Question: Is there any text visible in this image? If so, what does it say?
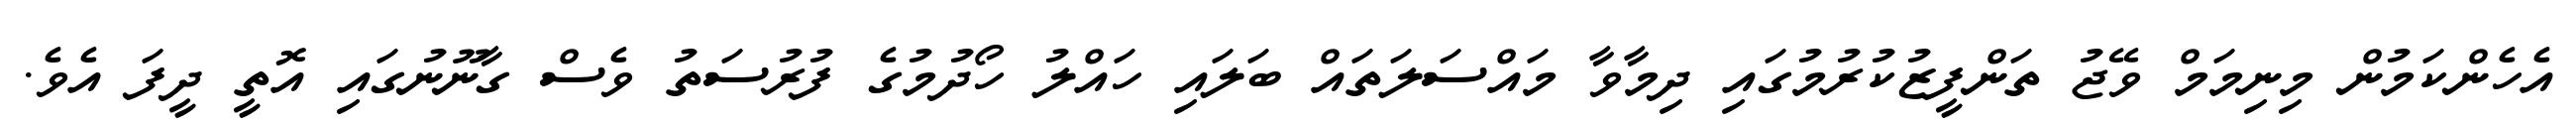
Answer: އެހެންކަމުން މިނިމަމް ވޭޖު ތަންފީޒުކުރުމުގައި ދިމާވާ މައްސަލަތައް ބަލައި ހައްލު ހޯދުމުގެ ފުރުސަތު ވެސް ގާނޫނުގައި އޮތީ ދީފަ އެވެ.